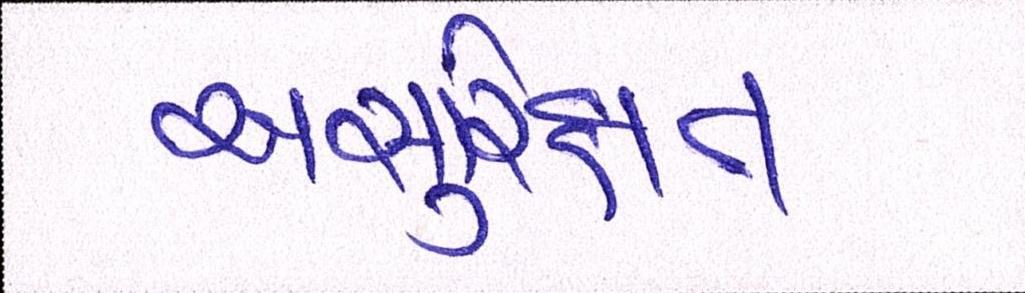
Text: અસુરિક્ષત